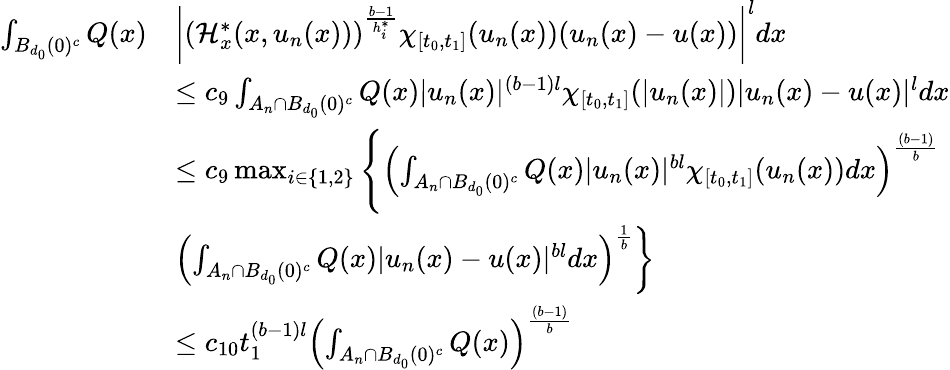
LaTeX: \begin{array}{rl}{\int_{B_{d_{0}}(0)^{c}}Q(x)}&{\left|(\mathcal{H}_{x}^{*}(x,u_{n}(x)))^{\frac{b-1}{h_{i}^{*}}}\chi_{[t_{0},t_{1}]}(u_{n}(x))(u_{n}(x)-u(x))\right|^{l}dx}\\ &{\leq c_{9}\int_{A_{n}\cap B_{d_{0}}(0)^{c}}Q(x)|u_{n}(x)|^{(b-1)l}\chi_{[t_{0},t_{1}]}(|u_{n}(x)|)|u_{n}(x)-u(x)|^{l}dx}\\ &{\leq c_{9}\operatorname*{max}_{i\in\{ 1,2\} }\left\lbrace\left(\int_{A_{n}\cap B_{d_{0}}(0)^{c}}Q(x)|u_{n}(x)|^{bl}\chi_{[t_{0},t_{1}]}(u_{n}(x))dx\right)^{\frac{(b-1)}{b}}\right.}\\ &{\left.\left(\int_{A_{n}\cap B_{d_{0}}(0)^{c}}Q(x)|u_{n}(x)-u(x)|^{bl}dx\right)^{\frac{1}{b}}\right\rbrace}\\ &{\leq c_{10}t_{1}^{(b-1)l}\left(\int_{A_{n}\cap B_{d_{0}}(0)^{c}}Q(x)\right)^{\frac{(b-1)}{b}}}\end{array}